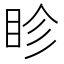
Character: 眕